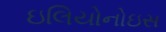
ઇલિયોનોઇસ